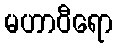
မဟာဝီရော